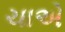
ચાએ